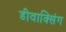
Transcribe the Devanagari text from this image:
डीवाक्सिंग